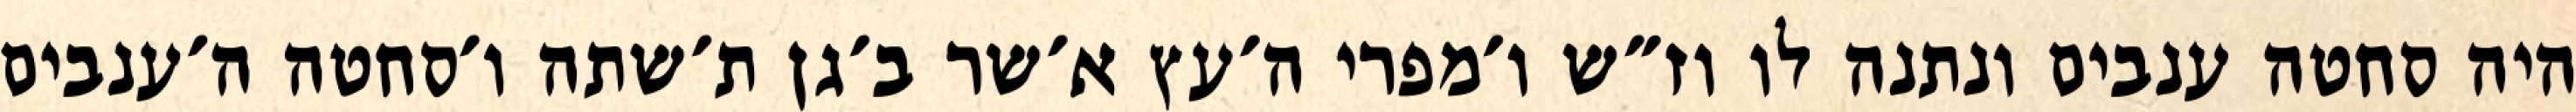
היה סחטה ענבים ונתנה לו וז״ש ו׳מפרי ה׳עץ א׳שר ב׳גן ת׳שתה ו׳סחטה ה׳ענבים